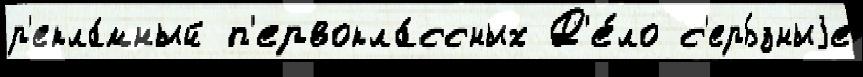
р'екла́мный п'ервокла́ссных Д'е́ло с'ерь́зныjе